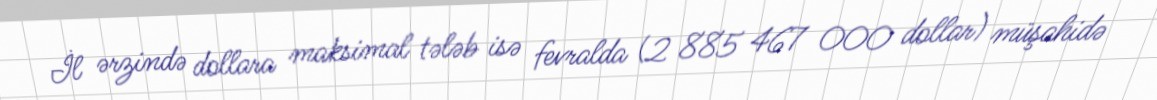
İl ərzində dollara maksimal tələb isə fevralda (2 885 467 000 dollar) müşahidə